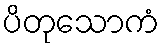
ပိတုသောကံ